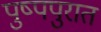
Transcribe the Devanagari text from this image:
पुष्पपुरात